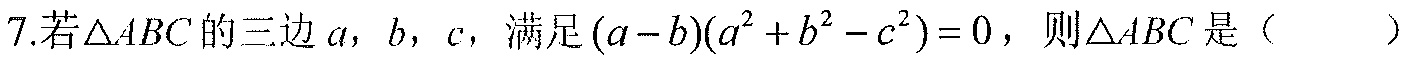
7.若\(\triangle ABC\)的三边\(a\)，\(b\)，\(c\)，满足\((a - b)(a^{2}+b^{2}-c^{2}) = 0\)，则\(\triangle ABC\)是（  ）